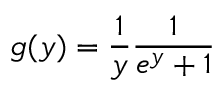
g ( y ) = \frac { 1 } { y } \frac { 1 } { e ^ { y } + 1 }